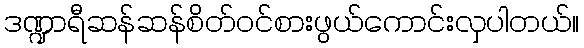
ဒဏ္ဍာရီဆန်ဆန်စိတ်ဝင်စားဖွယ်ကောင်းလှပါတယ်။